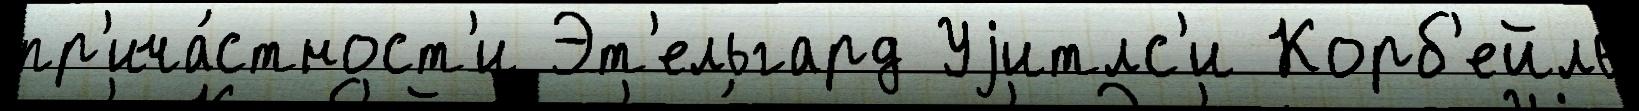
пр'ича́стност'и Эт'ельгард Уjитлс'и Корб'ейль